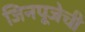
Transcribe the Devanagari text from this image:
जिनपूजेची